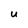
Character: U